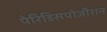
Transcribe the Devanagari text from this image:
पेरिडिसपोजीशन